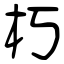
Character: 朽